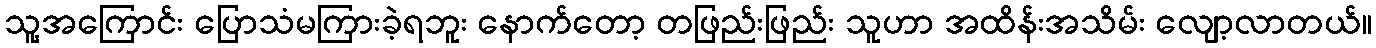
သူ့အကြောင်း ပြောသံမကြားခဲ့ရဘူး နောက်တော့ တဖြည်းဖြည်း သူဟာ အထိန်းအသိမ်း လျော့လာတယ်။